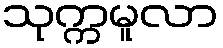
သုက္ကမူလာ